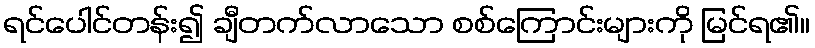
ရင်ပေါင်တန်း၍ ချီတက်လာသော စစ်ကြောင်းများကို မြင်ရ၏။